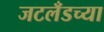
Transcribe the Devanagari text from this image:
जटलँडच्या